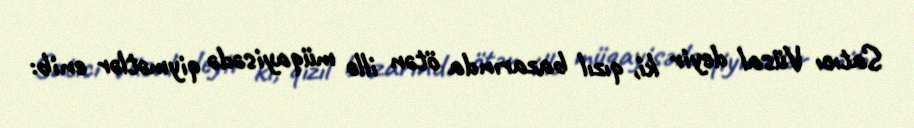
Satıcı Vüsal deyir ki, qızıl bazarında ötən illə müqayisədə qiymətlər enib: